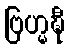
ဗြဟ္မဍ္ဎီ